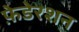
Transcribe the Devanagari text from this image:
फ़ेडेरशन